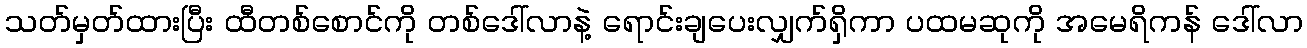
သတ်မှတ်ထားပြီး ထီတစ်စောင်ကို တစ်ဒေါ်လာနဲ့ ရောင်းချပေးလျှက်ရှိကာ ပထမဆုကို အမေရိကန် ဒေါ်လာ